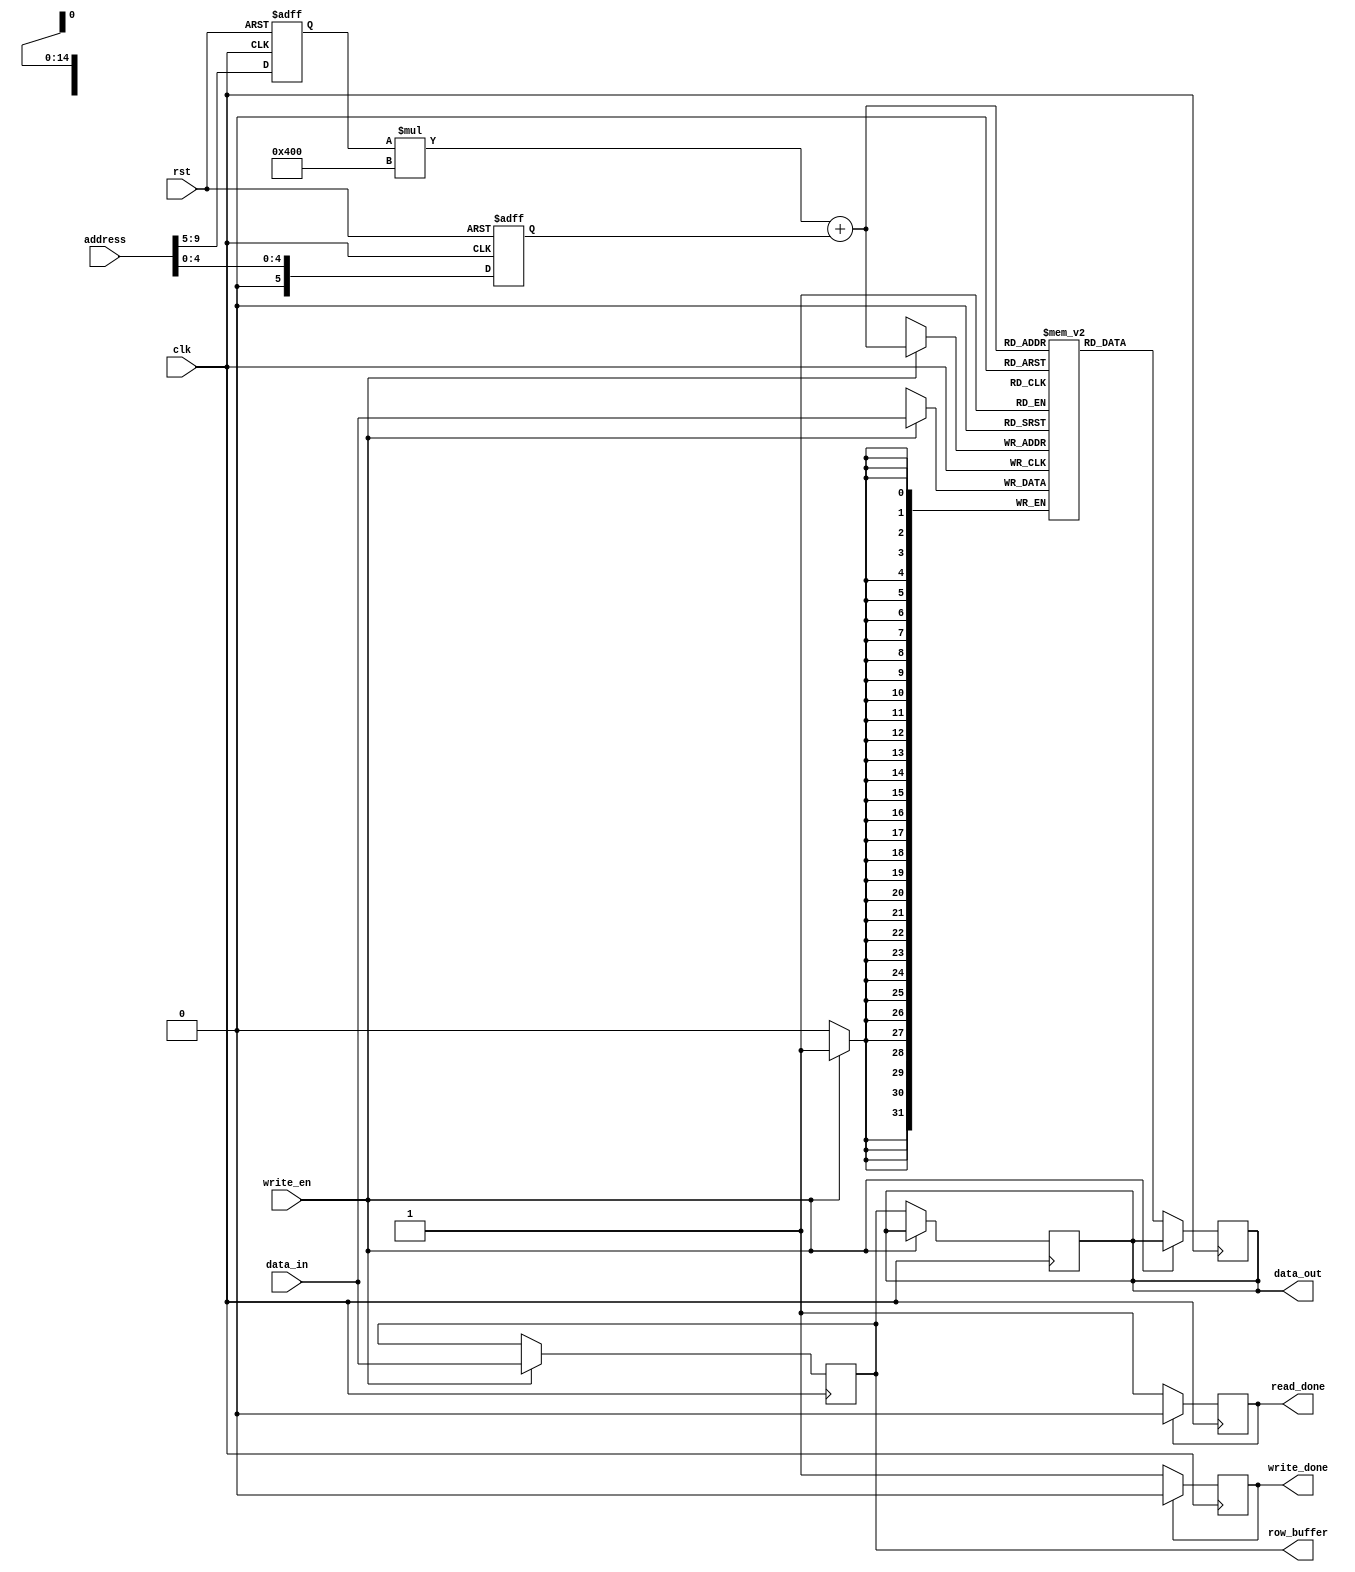
module MemoryBlock (
    input wire clk,
    input wire rst,
    input wire [15:0] address,
    input wire write_en,
    input wire [31:0] data_in,
    output wire [31:0] data_out,
    output reg [31:0] row_buffer,
    output wire read_done,
    output wire write_done
);

// Address decoding logic
reg [4:0] row;
reg [5:0] column;

always @ (posedge clk or posedge rst)
begin
    if (rst)
    begin
        row <= 0;
        column <= 0;
    end
    else
    begin
        row <= address[9:5];
        column <= address[4:0];
    end
end

// Memory cells
reg [31:0] memory_cells [31:0][1023:0];

// Row buffer
always @ (posedge clk)
begin
    if (write_en)
        row_buffer <= data_in;
    else
        data_out <= row_buffer;
end

// Write enable and data input/output circuits
always @ (posedge clk)
begin
    if (write_en)
        memory_cells[row][column] <= data_in;
    else
        data_out <= memory_cells[row][column];
end

// Control signals
reg read_done;
always @ (posedge clk)
    if (read_done)
        read_done <= 0;
    else
        read_done <= 1;

reg write_done;
always @ (posedge clk)
    if (write_done)
        write_done <= 0;
    else
        write_done <= 1;

endmodule